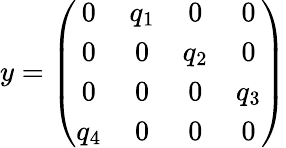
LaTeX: y=\left(\begin{array}{cccc}{{0}}&{{q_{1}}}&{{0}}&{{0}}\\ {{0}}&{{0}}&{{q_{2}}}&{{0}}\\ {{0}}&{{0}}&{{0}}&{{q_{3}}}\\ {{q_{4}}}&{{0}}&{{0}}&{{0}}\end{array}\right)